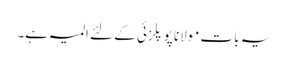
یہ بات مولانا پوپلزئی کے لئے المیہ ہے۔